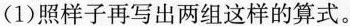
(1)照样子再写出两组这样的算式。